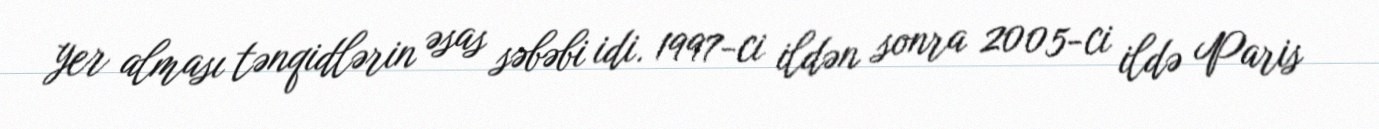
yer alması tənqidlərin əsas səbəbi idi. 1997-ci ildən sonra 2005-ci ildə Paris